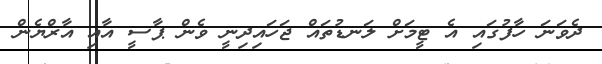
ދެވަނަ ހާފުގައި އެ ޓީމަށް ލަނޑުތައް ޖަހައިދިނީ ވެން ޕާސީ އާއި އާރްޔެން